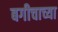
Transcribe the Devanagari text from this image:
बगीचाच्या